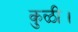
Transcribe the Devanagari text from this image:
कुळी।